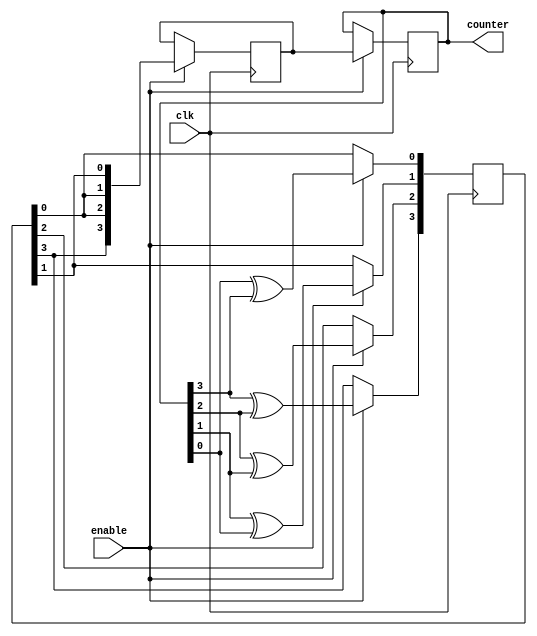
module JohnsonCounter_With_Enable(
    input clk,
    input enable,
    output reg [3:0] counter
);

reg [3:0] feedback;
reg [3:0] next_state;

always @(posedge clk) begin
    if(enable) begin
        feedback[3] <= counter[3] ^ counter[2];
        feedback[2] <= counter[2] ^ counter[1];
        feedback[1] <= counter[1] ^ counter[0];
        feedback[0] <= counter[0] ^ counter[3];
        
        next_state <= {feedback[3], feedback[0], feedback[0], feedback[1]};
    end
end

always @(posedge clk) begin
    if(enable) begin
        counter <= next_state;
    end
end

endmodule